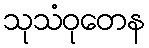
သုသံဝုတေန